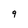
Character: 9